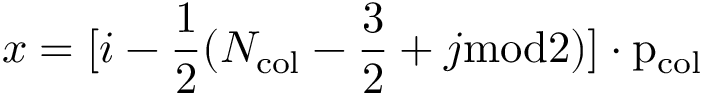
x = [ i - \frac { 1 } { 2 } ( N _ { \mathrm { { c o l } } } - \frac { 3 } { 2 } + j \mathrm { { m o d } 2 ) ] \cdot p _ { \mathrm { { c o l } } } }